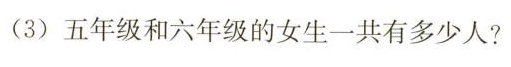
（3）五年级和六年级的女生一共有多少人？